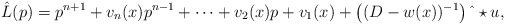
\begin{align*}\hat{L}(p)&= p^{n+1} + v_n(x) p^{n-1} + \cdots + v_2(x) p + v_1(x) + \left((D-w(x))^{-1}\right)\hat{\ }\star u,\end{align*}